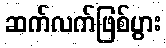
ဆက်လက်ဖြစ်ပွား